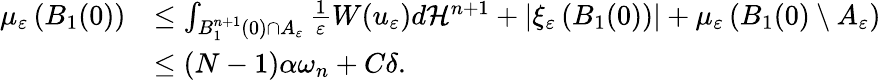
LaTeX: \begin{array}{rl}{\mu_{\varepsilon}\left(B_{1}(0)\right)}&{\leq\int_{B_{1}^{n+1}(0)\cap A_{\varepsilon}}\frac{1}{\varepsilon}W(u_{\varepsilon})d\mathcal H^{n+1}+|\xi_{\varepsilon}\left(B_{1}(0)\right)|+\mu_{\varepsilon}\left(B_{1}(0)\setminus A_{\varepsilon}\right)}\\ &{\leq(N-1)\alpha\omega_{n}+C\delta.}\end{array}